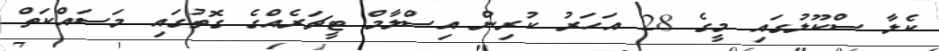
ކެލާ ސްކޫލުގައި މީގެ 28 އަހަރު ކުރިން އިސްލާމް ޓީޗަރެއްގެ ގޮތުގައި މަސައްކަތް